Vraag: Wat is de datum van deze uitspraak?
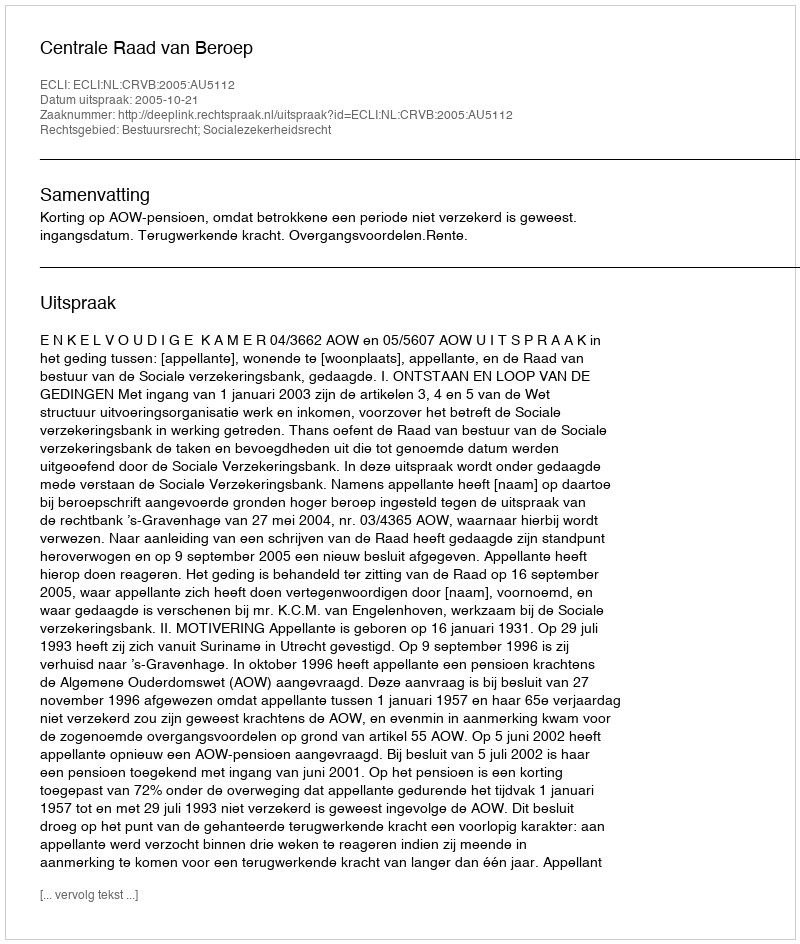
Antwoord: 2005-10-21